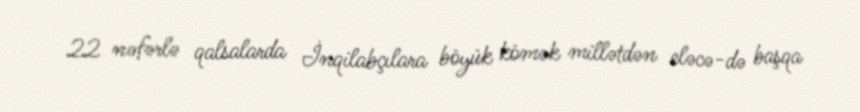
22 nəfərlə qalsalarda İnqilabçılara böyük kömək millətdən eləcə-də başqa